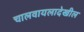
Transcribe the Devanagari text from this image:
चालवायलादेखील